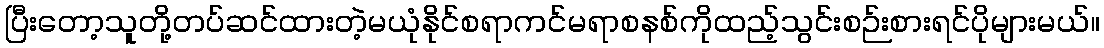
ပြီးတော့သူတို့တပ်ဆင်ထားတဲ့မယုံနိုင်စရာကင်မရာစနစ်ကိုထည့်သွင်းစဉ်းစားရင်ပိုများမယ်။